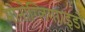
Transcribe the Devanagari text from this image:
मोनोग्लिगराइडों